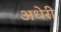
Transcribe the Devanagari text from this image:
अधेरी